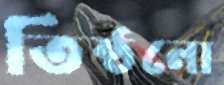
তিষ্ঠনো